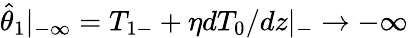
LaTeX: \hat{\theta}_{1}|_{-\infty}=T_{1-}+\eta dT_{0}/dz|_{-}\to-\infty